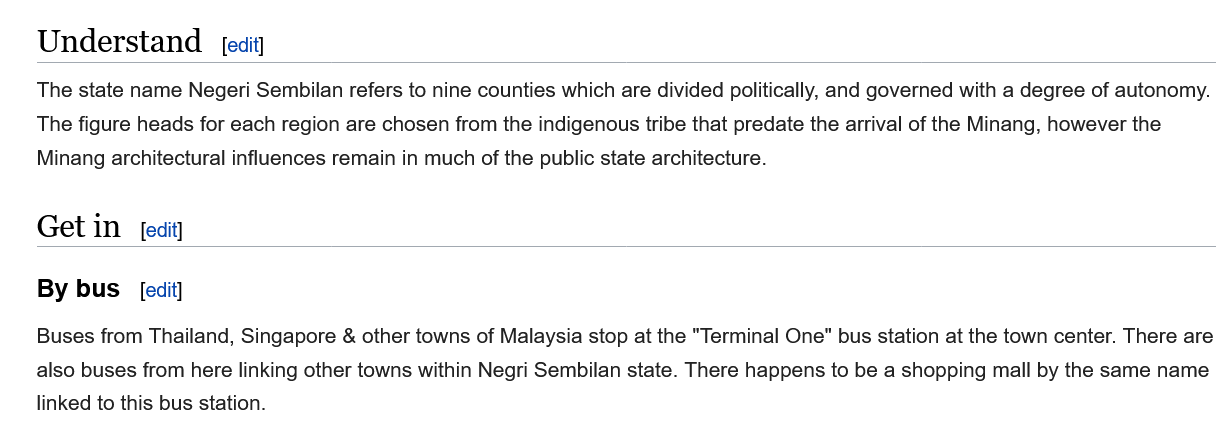
Buses from Thailand, Singapore & other towns of Malaysia stop at the "Terminal One" bus station at the town center. There are
    also buses from here linking other towns within Negri Sembilan state. There happens to be a shopping mall by the same name
    linked to this bus station.
     edit]
     [edit]
     [edit] By bus
    Get  in
    Understand
    The state name Negeri Sembilan refers to nine counties which are divided politically, and governed with a degree of autonomy.
    The figure heads for each region are chosen from the indigenous tribe that predate the arrival of the Minang, however the
    Minang architectural influences remain in much of the public state architecture.